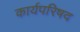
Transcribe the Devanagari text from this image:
कार्यपरिषद